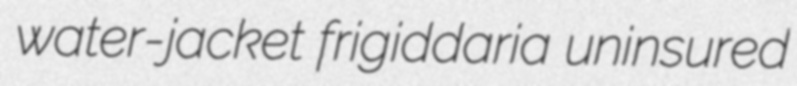
water-jacket frigiddaria uninsured